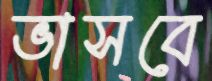
ভাসবে